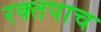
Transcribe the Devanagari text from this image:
रक्तपाच